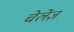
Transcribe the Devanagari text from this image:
चेलेंज़